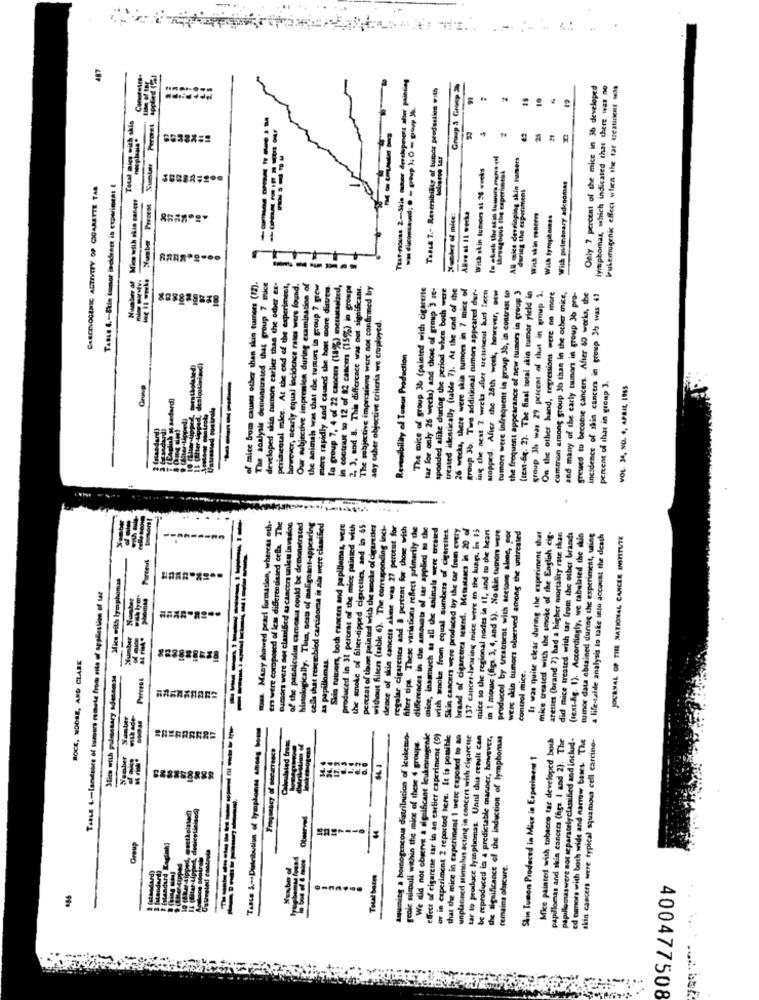
Sumter Permet applied (2)
Text-nouss 2-Skla mitune developenens aliet painting
Tasse 7 .- - Reversibility of humor production with
Group 3 Grump
Only 7 percent of the mice in 3b developed
lymphomas, which indicated that there was no
Pukemugenic effect when the tar treatingor soha
vas diesesend; O - prop lio - group J.
------
Total mien with skis
Al mica developing skin Iumsers
With skin tumors at 26 weeks
CARCINOGENIC ACTIVITY OP CIGARETTE TAR
TABLE 4 .- Stie tomor incidente is experiment I
---
during the experiment
With pulmonary adenomas
Number of Mice with skis canett
Necker of nice:
With skin concen
With tymphamass
------
of mice from causes other than skin turners (12).
The analysis demonstrated that group 7 mice
developed skin tumors earlier than the oder ex-
perimental mice. At the end of the experiment,
however, searly equal incidence rates were found.
Our subjective impresion during examination of
the animais was that the tumion in group 7 grew
more rapidly and caused the host more distress.
la group 7, 4 of 22 cancer (18%) metastasized,
in contrast to 12 of 82 cascm (15%) in groups
2 3, and 8. This differcace was not significant.
The subjective impressions were not confirmed by
The mice of group 3b (painted with cigarette
tar for only 26 wecka) and those of group 3 re-
treated identically (table 7). At the end of the
26 wecka, there were skin tumors in 7 misc of
group 36. Twe additional cimers appeared dur-
ing the next 2 weeks after treatment hurt freen
stopped. Aller de 28th work, bever, sw
tumors were infrequent in group Jh, in contrast to
the frequent appearance of new tumors in group 3
(text-fix. 2). The final total akin tumor field in
group 3h was 27 percent of that in group 3.
and many of the early tumors in group Jo pro-
incidence of shin cancers in group 3t was 49
sponded alike during the period when both
On the other hand, regressions mere no more
common among group Jh than in the other mite,
greved to become cancers. After 60 works, the
any other objective criteria we cruployed.
Revenibility of Tomor Production
percent of that in group 3.
-----
VOL. 34, NO. 4, APRIL 1965
-Bedard)
Untested controls
Imandard
-
en were composed of less differentiated cela. The
of the panniculus carnesis could be demonstrated
mas Many showed pearl formation, whereas oth-
oumors were not clarified & cancers unleu invaslos
histologically. Thia, sest of malignant-appearing
cells that resembled carcinoma in air were cianified
Shig tumors, both cancers and papillemas, were
produced in 31 percent of the miec printed with
the snoke of filier-tipped cigarettes, and in $5
perctat of thune painted with the smoke of cigarttrs
without filters (table 6). The corresponding inci-
dence of skin cancers alme was 27 percent for
regular cigarenses and & pertens for those with
hiker tips These variations reflect primarily the
differences in the amounts of sar applied to the
mice, inasrauch as all the animals were ercated
th smoke from equal sumbers of cigarettes.
Skin cancers were produced by the tar from every
brand of cigarettes tested. Metastases in 20 ef
137 cancer-bearing mice were in the lungs, in 13
mice so the regional nodes in 11, and to the heart
in 1 mouse (figs. 3, 4, and 5). No skin tumors were
produced by teratuient with acetone alone, por
mice treated with the smoke of the English cig-
arettet (brand ?) had a higher mortality rate than
were skin tumors observed among the untreated
It was quite clear during the experiment that
did mice treated with tar from the other brands
(text-fig. 1). Accordingly, we tabulated the skin
tumor data obtained during the experiment, using
a life-tatile analysis to take into account the death
JOURNAL OF THE NATIONAL CANCER INSTITUTE
Mfice with lymphomas
Taaus 4 .- landsace of tumors remote from site of application of Ler
as papillomas.
BOCK, NDOSE, AND CLARE
Slice with pulmonary sdenemse
control mice
Taste 5 .- Distribution of lymphomss among boss
Calculated frets
Aquming a homogeneous distribution of leukemo-
We did not observe a significant leukenogende
effect of cigarette tar in an carlier experiment (9)
av in experiment 2 reported here. It is pomible
that the mice in caperiment 1 were exposed to an
unplanned stimulus acting in concert with cigarette
tar to produce lymphomas. Unnl thia result can
be reproduced in a predictable manner, however,
the significance of the induction of lymphonas
Mice painted with tobecce tar developed bou
papillomas and skin cancer (igs | and 2). The
papillomaswere not s paratelyclassified and includ-
od ourors with both wide and narrow bases. The
skin cancers were typical squamous cell carcino-
Frequency of secarrencs
geole stimuli within the mine of these 4 groups
Skin Tumon Produced in Mice in Experiment 1
64
Group
Kadish)
---
remains obscure.
Cathodand)
Total boles
400477508